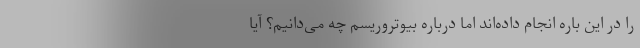
را در این باره انجام داده‌اند اما درباره بیوتروریسم چه می‌دانیم؟ آیا